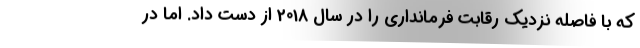
که با فاصله نزدیک رقابت فرمانداری را در سال 2018 از دست داد. اما در